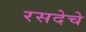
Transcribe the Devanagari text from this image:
रसदेचे